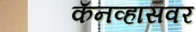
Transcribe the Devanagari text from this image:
कॅनव्हासवर